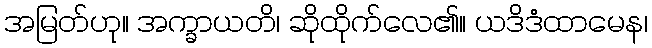
အမြတ်ဟု။ အက္ခာယတိ၊ ဆိုထိုက်လေ၏။ ယဒိဒံထာမေန၊